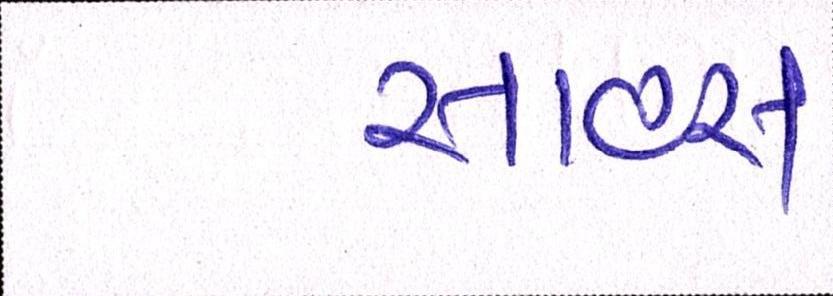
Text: સાહસ